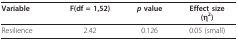
<table><thead><tr><td><b>Variable</b></td><td><b>F(df = 1,52)</b></td><td><b><i>p </i>value</b></td><td><b>Effect size(η<sup>2</sup>)</b></td></tr></thead><tbody><tr><td>Resilience</td><td>2.42</td><td>0.126</td><td>0.05 (small)</td></tr></tbody></table>